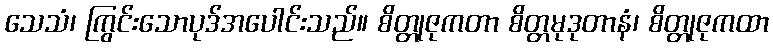
သေသံ၊ ကြွင်းသောပုဒ်အပေါင်းသည်။ စိတ္တုဇုကတာ စိတ္တမုဒုတာနံ၊ စိတ္တုဇုကထာ